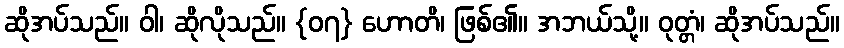
ဆိုအပ်သည်။ ဝါ၊ ဆိုလိုသည်။ {၀၇} ဟောတိ၊ ဖြစ်၏။ အဘယ်သို့။ ဝုတ္တံ၊ ဆိုအပ်သည်။